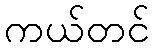
ကယ်တင်